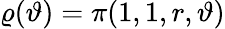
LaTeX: \varrho(\vartheta)=\pi(1,1,r,\vartheta)